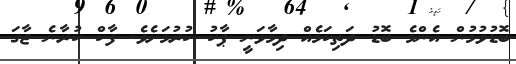
ބޮޑުވުމުން އެންމެ ބޮޑު ދަތިކަމެއް ދިމާވަނީ ޕާކު ކުރުމަށެވެ. ފާކް ކުރާނެ ޖާގަ